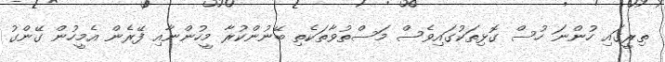
ތިރީގައި ހުންނަ ހުސް ގޮޅިތަކުގައިވެސް މަސްތުވާތަކެތި ބޭނުންކުރާ މީހުންނާއި ފޭރެން އެމީހުން ގޭންގު